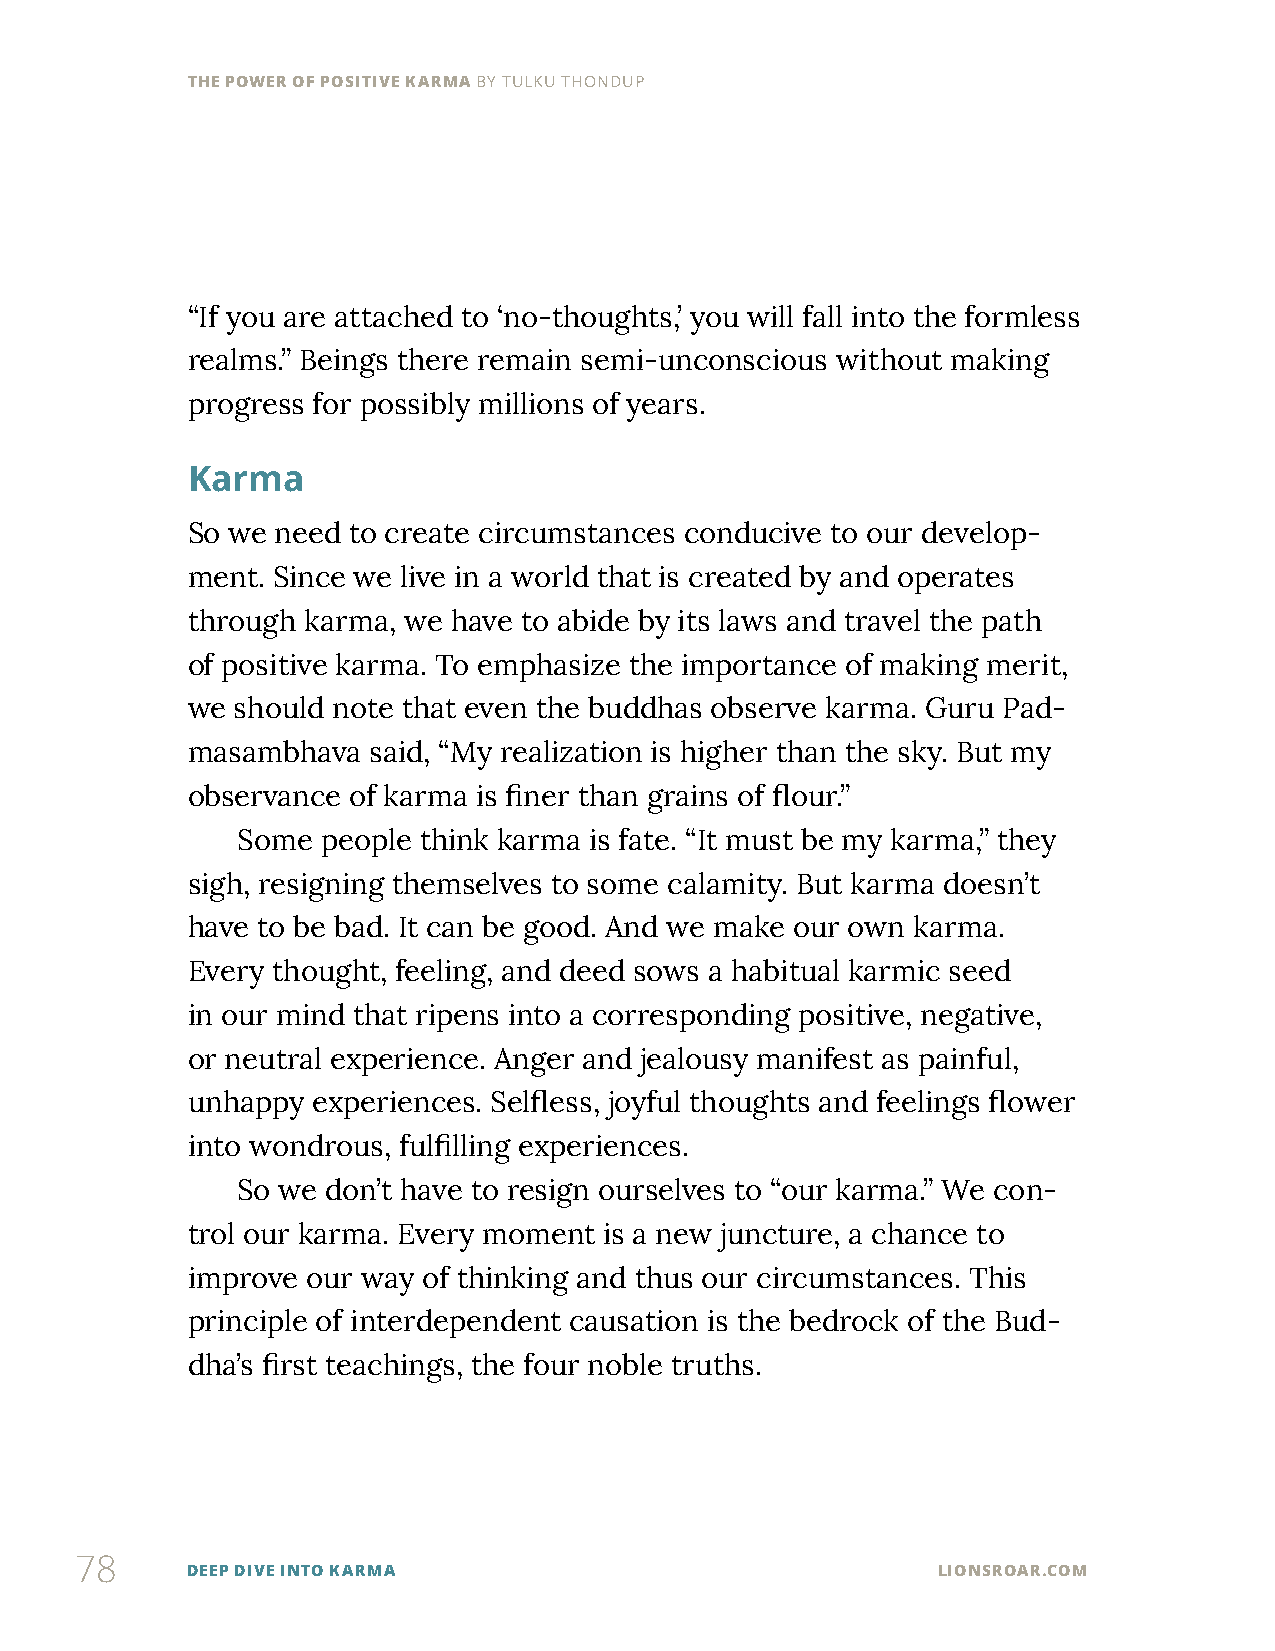
THE POWER OF POSITIVE KARMA BY TULKU THONDUP
 “If you are attached to ‘no-thoughts,’ you will fall into the formless
 realms.” Beings there remain semi-unconscious without making
 progress for possibly millions of years.
 Karma
 So we need to create circumstances conducive to our develop-
 ment. Since we live in a world that is created by and operates
 through karma, we have to abide by its laws and travel the path
 of positive karma. To emphasize the importance of making merit,
 we should note that even the buddhas observe karma. Guru Pad-
 masambhava  said, “My realization is higher than the sky. But my
 observance of karma is finer than grains of flour.”
 Some people think karma is fate. “It must be my karma,” they
 sigh, resigning themselves to some calamity. But karma doesn’t
 have to be bad. It can be good. And we make our own karma.
 Every thought, feeling, and deed sows a habitual karmic seed
 in our mind that ripens into a corresponding positive, negative,
 or neutral experience. Anger and jealousy manifest as painful,
 unhappy  experiences. Selfless, joyful thoughts and feelings flower
 into wondrous, fulfilling experiences.
 So we don’t have to resign ourselves to “our karma.” We con-
 trol our karma. Every moment is a new juncture, a chance to
 improve our way of thinking and thus our circumstances. This
 principle of interdependent causation is the bedrock of the Bud-
 dha’s first teachings, the four noble truths.
 78
 DEEP DIVE INTO KARMA                              LIONSROAR.COM